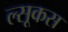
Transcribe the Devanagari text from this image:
ल्सूकस